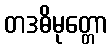
တဒဓိမုတ္တော